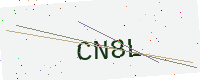
Text: CN8L